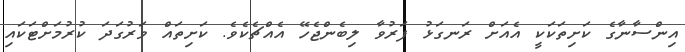
އިންސާނާގެ ކަށިތަކަކީ އެއަށް ރަނގަޅު ފަރުވާ ލިބެންޖެހޭ އެއްޗެކެވެ. ކަށިތައް ވަރުގަދަ ކުރުމަށްޓަކައި